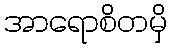
အာရောစိတမှိ